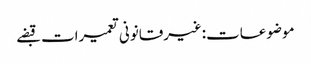
موضوعات:غیرقانونی تعمیرات قبضے